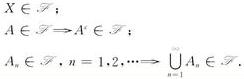
\[
\begin{align*}
&X\in\mathscr{F};\\
&A\in\mathscr{F}\Rightarrow A^c\in\mathscr{F};\\
&A_n\in\mathscr{F},n = 1,2,\cdots\Rightarrow\bigcup_{n = 1}^{\infty}A_n\in\mathscr{F}.
\end{align*}
\]